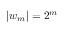
| w _ { m } | = 2 ^ { m }